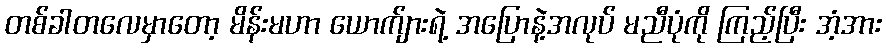
တစ်ခါတလေမှာတော့ မိန်းမဟာ ယောက်ျားရဲ့ အပြောနဲ့အလုပ် မညီပုံကို ကြည့်ပြီး အံ့အား